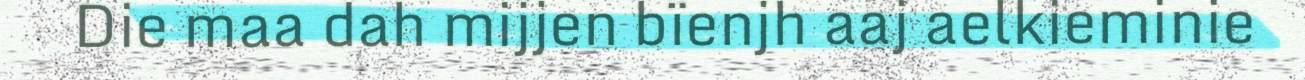
Die maa dah mijjen bïenjh aaj aelkieminie